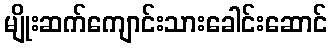
မျိုးဆက်ကျောင်းသားခေါင်းဆောင်